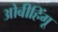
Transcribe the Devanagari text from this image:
ओबीहिंगू